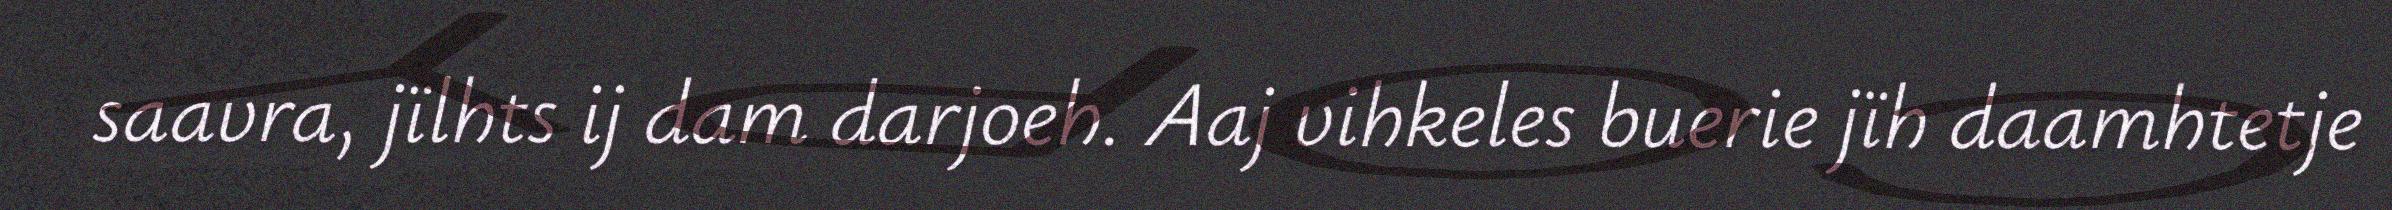
saavra, jïlhts ij dam darjoeh. Aaj vihkeles buerie jïh daamhtetje